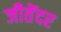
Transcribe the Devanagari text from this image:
जीतेंदर